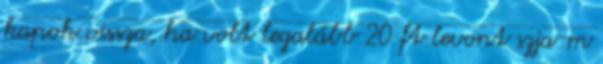
kapok vissza, ha volt legalább 20 ft levont szja-m